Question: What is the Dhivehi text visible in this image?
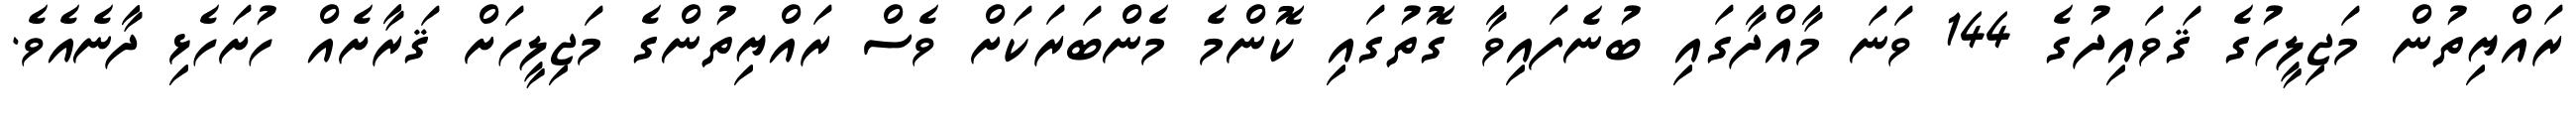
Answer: ރައްޔިތުން މަޖިލީހުގެ ޤަވައިދުގެ 144 ވަނަ މާއްދާގައި ބުނެފައިވާ ގޮތުގައި ކޮންމެ މެންބަރަކަށް ވެސް ރައްޔިތުންގެ މަޖިލީހަށް ޤަރާށެއް ހުށަހެޅި ދާނެއެވެ.